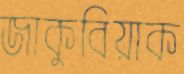
জাকুবিয়াক